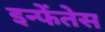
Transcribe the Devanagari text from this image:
इन्फेंतेस